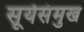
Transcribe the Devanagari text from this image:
सूर्यसंमुख